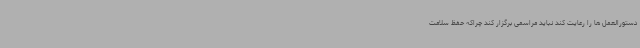
دستورالعمل ها را رعایت کند نباید مراسمی برگزار کند چراکه حفظ سلامت